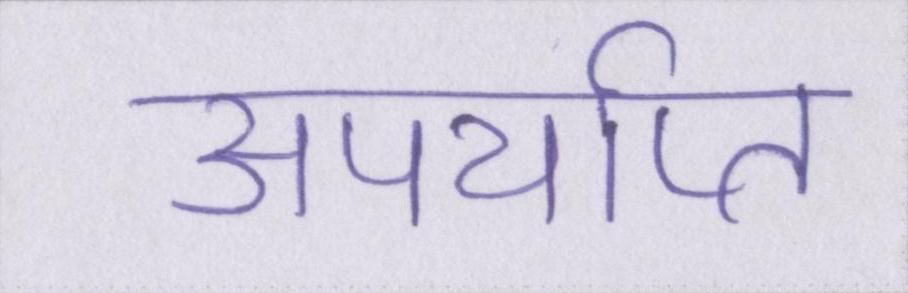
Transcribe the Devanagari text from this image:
अपर्याप्त